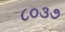
૮૦૩૭